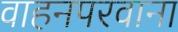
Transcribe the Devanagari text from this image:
वाहनपरवाना